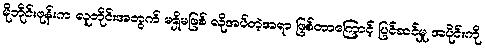
မိုဘိုင်းဖုန်းက လူတိုင်းအတွက် မရှိမဖြစ် လိုအပ်တဲ့အရာ ဖြစ်တာကြောင့် ပြင်ဆင်မှု အပိုင်းကို